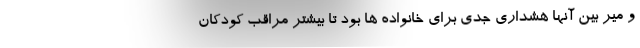
و میر بین آنها هشداری جدی برای خانواده ها بود تا بیشتر مراقب کودکان